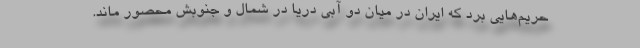
حریم‌هایی برد که ایران در میان دو آبی دریا در شمال و جنوبش محصور ماند.